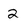
Character: 2